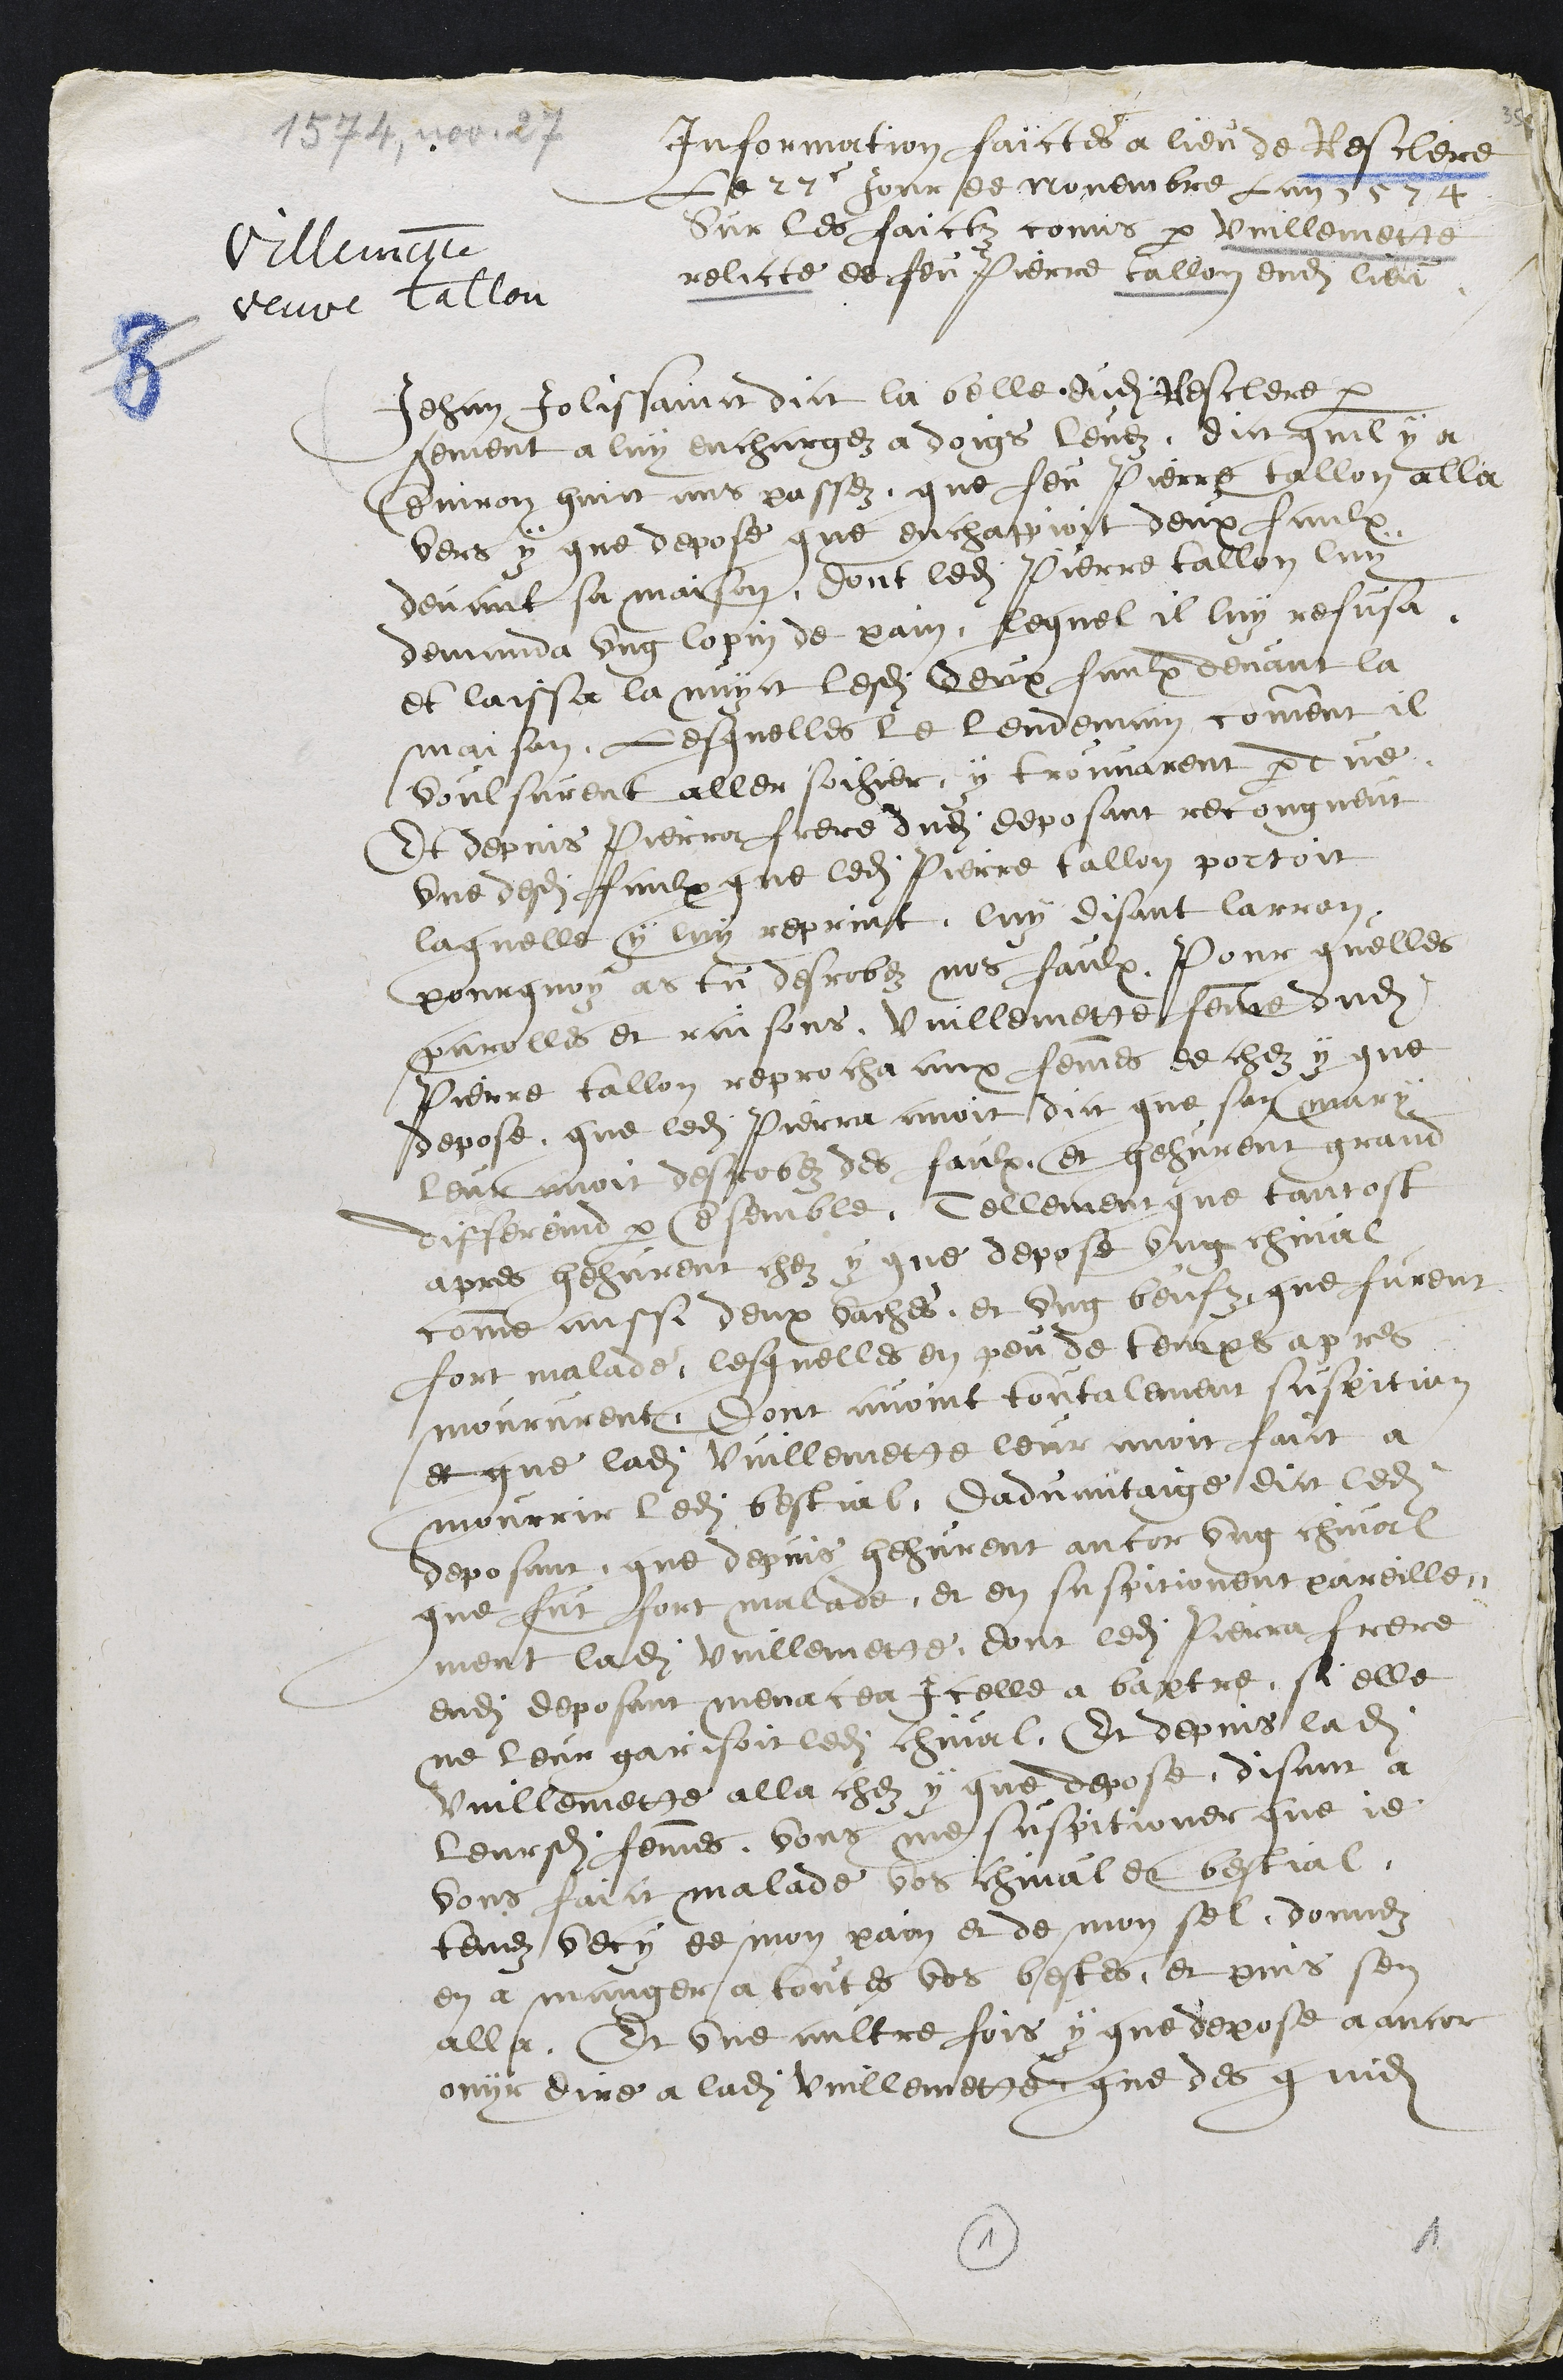
1574, nov. 27
Villemette
veuve Tallon
Information faictes a lieu de Resclere
Le 27e jour de Novembre Lan 1574
Sur les faictz comis par Vuillemette
relicte de feu Pierre Tallon audit lieu.
Jehan Jolissainct dict la belle dudit Resclere par
serement a luy enchargez a doigs levez, dict quil y a
environ huict ans passez que feu Pierre Tallon alla
vers y que depose que enchappioit deux faulx
devant sa maison, dont ledit Pierre Tallon luy
demanda ung lopin de pain, Lequel il luy refusa
et laissa la nuict lesdites deux faulx devant la
maison, Lesquelles le lendemain comment il
voulsurent aller soihier, y trouvarent perdue
Et depuis Pierra frere dudit deposant recongneut
une desdites faulx que ledit Pierre Tallon portoit
laquelle y luy reprint, luy disant larron
pourquoy as tu desrobez nos faulx, Pour quelles
parolles et raisons, Vuillemette femme dudit
Pierre Tallon reprocha aux femmes de chez y que
depose que ledit Pierra avoit dict que sont mary
leur avoit desrobez des faulx et hehurent grand
differend par ensemble, Tellement que tantost
apres hehurent chez y que depose ung chival
come aussi deux vaches, et ung beufz que furent
fort malade, lesquelles en peu de temps apres
moururent, dont avoint toutalement suspition
et que ladite Vuillemette leur avoit faict a
mourrir ledit bestial, dadvantaige dict ledit
deposant que depuis hehurent encor ung chival
que fut fort malade, et en suspicionent pareille-
ment ladite vuillemene dont ledit Pierra frere
dudit deposant menacea Icelle a baptre si elle
ne leur garisoit ledit chival, Et depuis ladite
Vuillemette alla chez y que depose, disant a
leursdites femmes vous me suspitioner que je
vous faict malade vos cheval et bestial
tenez vecy de mon pain et de mon sel donnez
en a manger a toutes vos bestes, et puis sen
alla. Et une aultre fois y que depose a ancor
ouyr dire a ladite Vuillemette que des commis